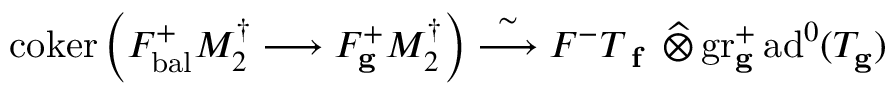
\mathrm { c o k e r } \left( F _ { \mathrm { b a l } } ^ { + } M _ { 2 } ^ { \dagger } \longrightarrow F _ { \mathbf { g } } ^ { + } M _ { 2 } ^ { \dagger } \right) \stackrel { \sim } { \longrightarrow } F ^ { - } T _ { \textup { \bf f } } \, \widehat \otimes \, \mathrm { g r } _ { \mathbf { g } } ^ { + } \, \mathrm { a d } ^ { 0 } ( T _ { \mathbf { g } } )